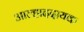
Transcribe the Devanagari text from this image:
अाल्हाददायक